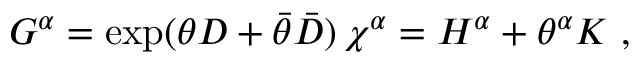
G ^ { \alpha } = \exp ( \theta D + \bar { \theta } \bar { D } ) \, \chi ^ { \alpha } = H ^ { \alpha } + \theta ^ { \alpha } K \ ,